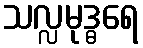
သလ္လမုဒ္ဓရေ